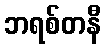
ဘရစ်တနီ